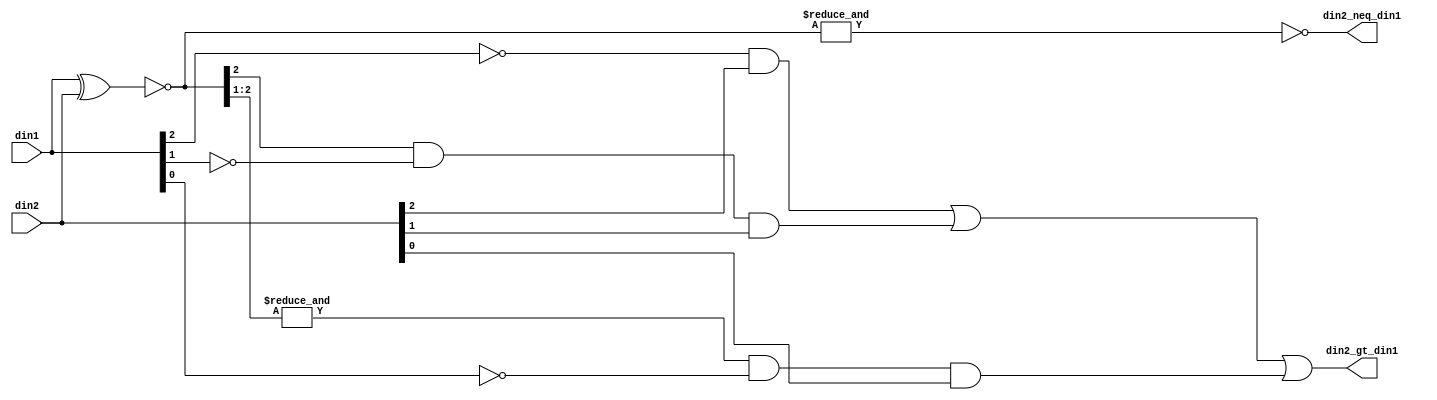
// ========== Copyright Header Begin ==========================================
// 
// OpenSPARC T1 Processor File: fpu_in2_gt_in1_3b.v
// Copyright (c) 2006 Sun Microsystems, Inc.  All Rights Reserved.
// DO NOT ALTER OR REMOVE COPYRIGHT NOTICES.
// 
// The above named program is free software; you can redistribute it and/or
// modify it under the terms of the GNU General Public
// License version 2 as published by the Free Software Foundation.
// 
// The above named program is distributed in the hope that it will be 
// useful, but WITHOUT ANY WARRANTY; without even the implied warranty of
// MERCHANTABILITY or FITNESS FOR A PARTICULAR PURPOSE.  See the GNU
// General Public License for more details.
// 
// You should have received a copy of the GNU General Public
// License along with this work; if not, write to the Free Software
// Foundation, Inc., 51 Franklin St, Fifth Floor, Boston, MA 02110-1301, USA.
// 
// ========== Copyright Header End ============================================
///////////////////////////////////////////////////////////////////////////////
//
//	Three bit comparison of two inputs that can have any value.
//
///////////////////////////////////////////////////////////////////////////////

module fpu_in2_gt_in1_3b (
	din1,
	din2,

	din2_neq_din1,
	din2_gt_din1
);


input [2:0]	din1;			// input 1- 3 bits
input [2:0]	din2;			// input 2- 3 bits

output		din2_neq_din1;		// input 2 doesn't equal input 1
output		din2_gt_din1;		// input 2 is greater than input 1


wire [2:0]	din2_eq_din1;
wire		din2_neq_din1;
wire		din2_gt_din1;


assign din2_eq_din1[2:0]= (~(din1 ^ din2));

assign din2_neq_din1= (!(&din2_eq_din1));

assign din2_gt_din1= ((!din1[2]) && din2[2])
		|| (din2_eq_din1[2] && (!din1[1]) && din2[1])
		|| ((&din2_eq_din1[2:1]) && (!din1[0]) && din2[0]);


endmodule